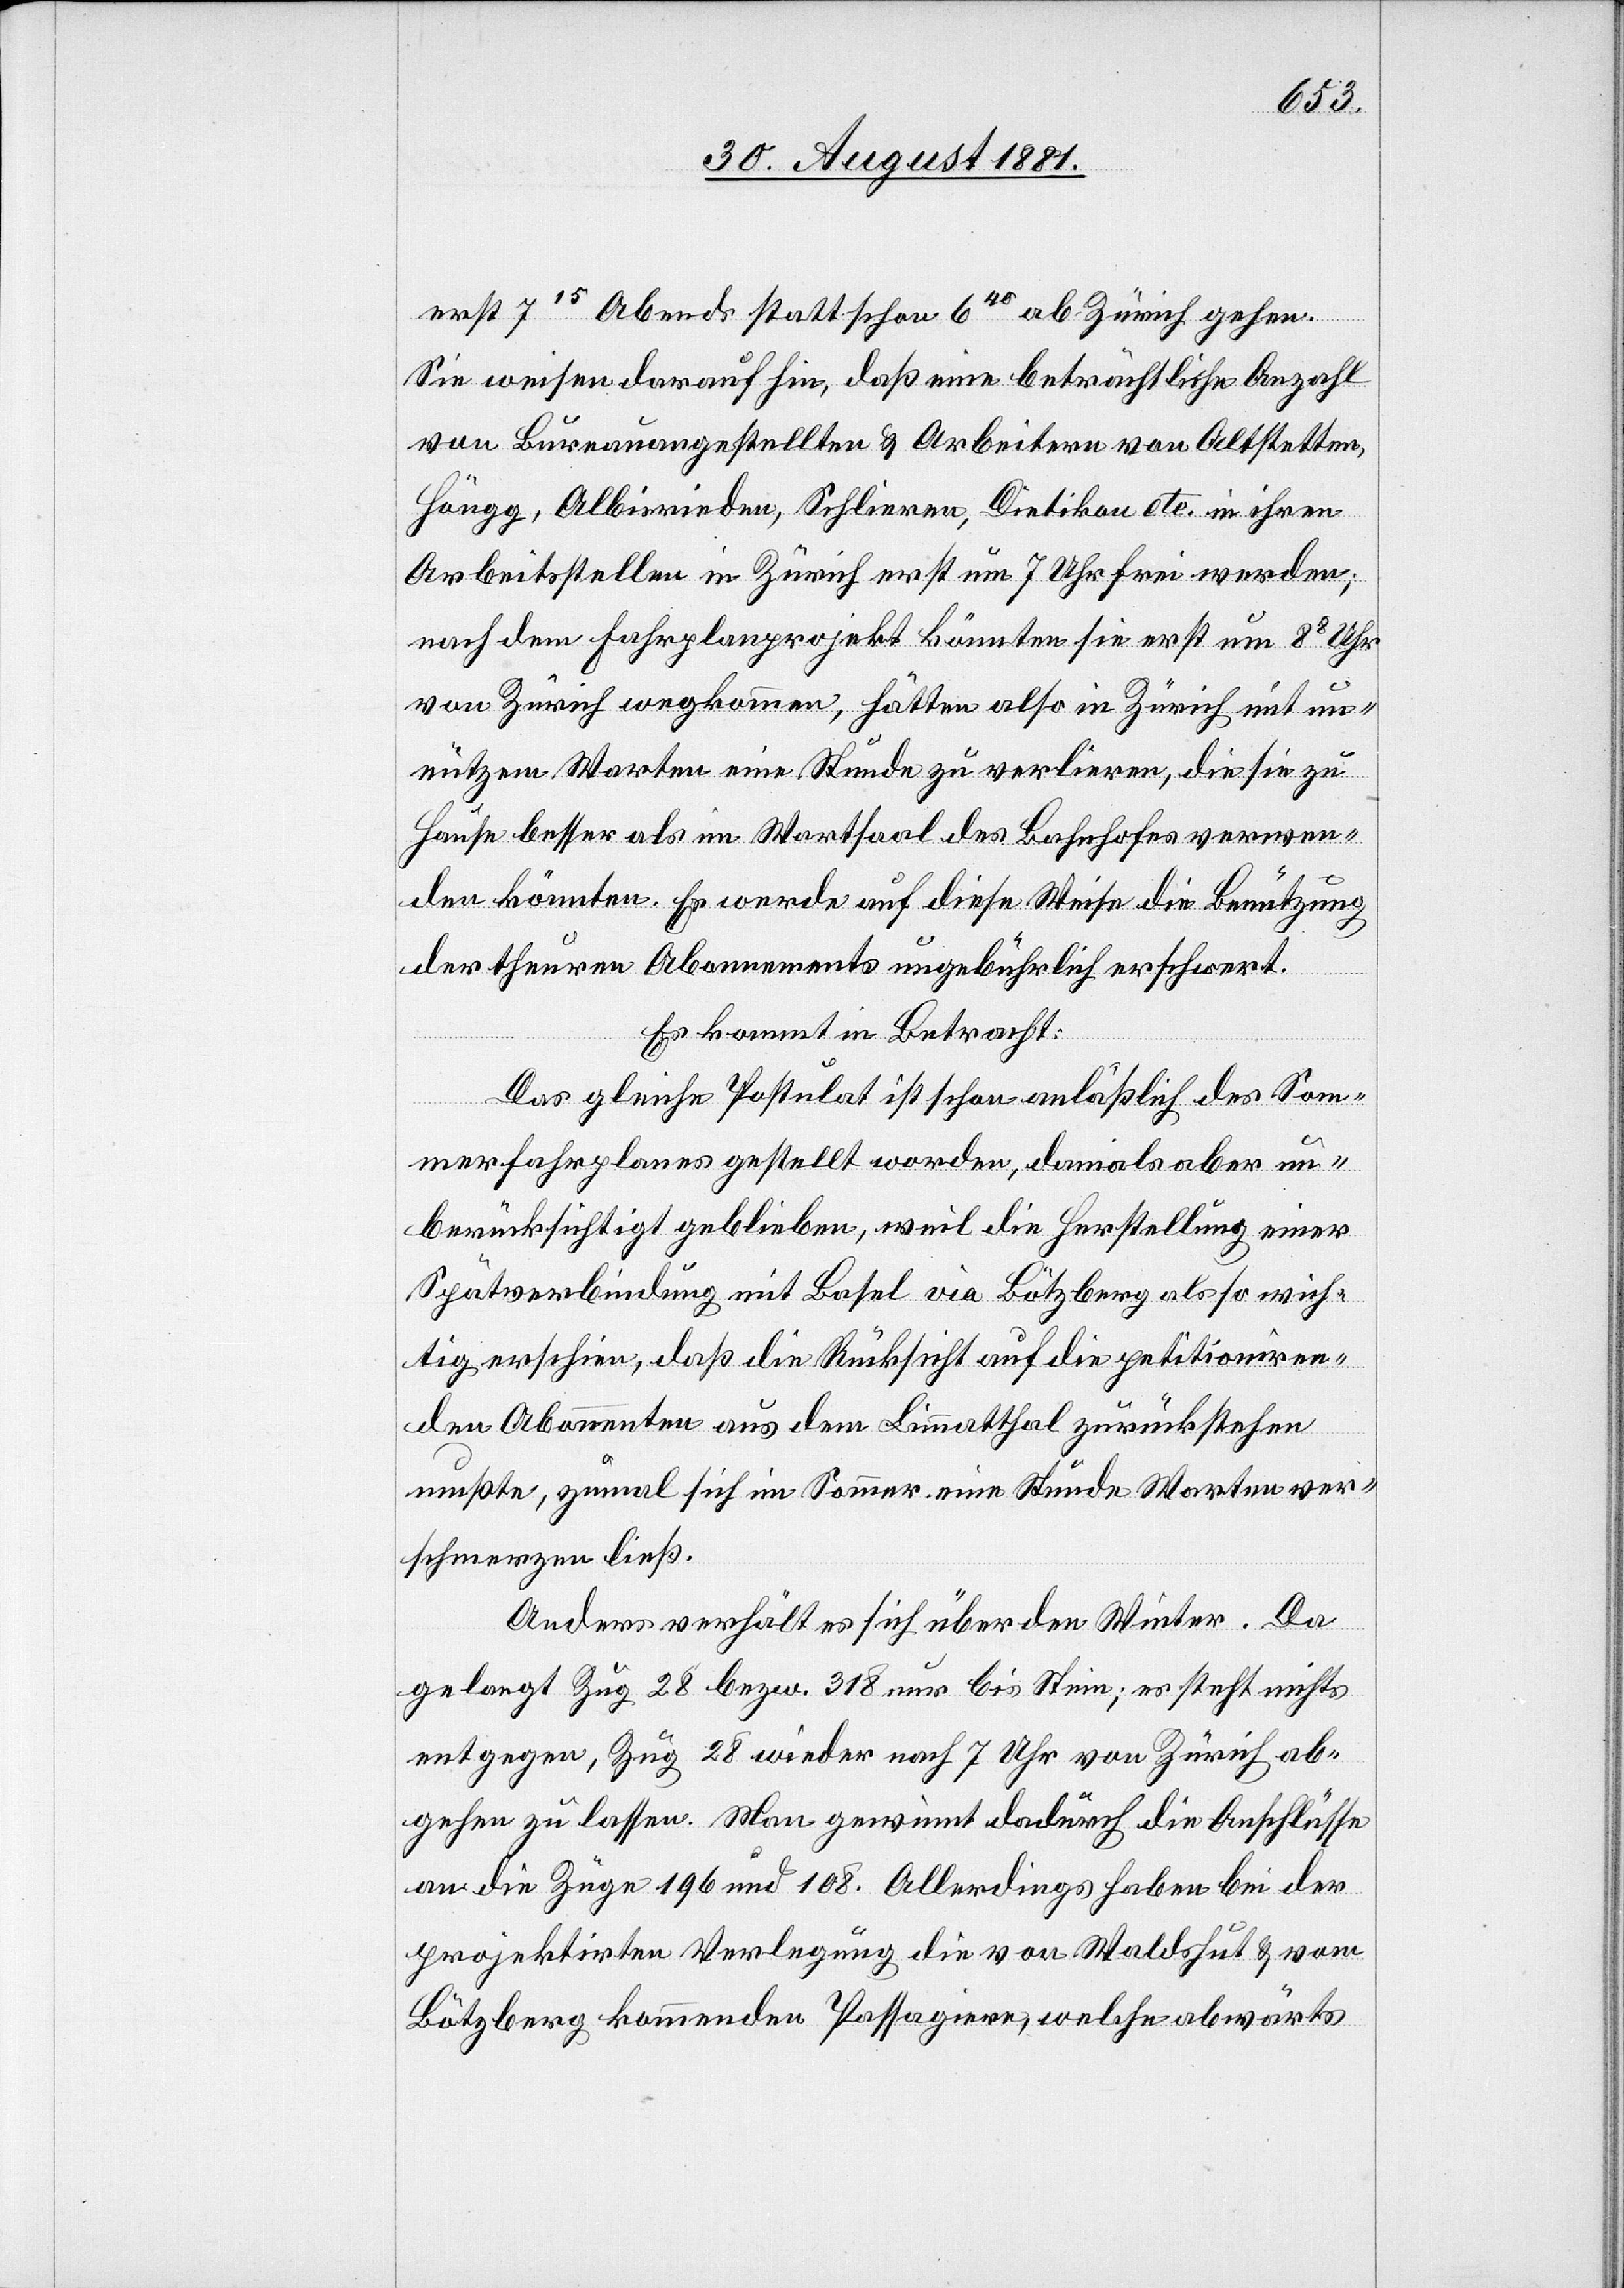
erst 715 Abend statt schon 645 ab Zürich gehen.
Sie weisen darauf hin, daß eine beträchtliche Anzahl
von Bureauangestellten & Arbeitern von Altstetten,
Höngg, Albisrieden, Schlieren, Dietikon etc. in ihren
Arbeitsstellen in Zürich erst um 7 Uhr frei werden;
nach dem Fahrplanprojekt könnten sie erst um 88 Uhr
von Zürich wegkommen, hätten also in Zürich mit un¬
nützem Warten eine Stunde zu verlieren, die sie zu
Hause besser als im Wartsaal des Bahnhofes verwen¬
den könnten. Es werde auf diese Weise die Benützung
der theuren Abonnements ungebührlich erschwert.
Es kommt in Betracht:
Das gleiche Postulat ist schon anläßlich des Som¬
merfahrplanes gestellt worden, damals aber un¬
berücksichtigt geblieben, weil die Herstellung einer
Spätverbindung mit Basel via Lötzberg also rich¬
tig erschien, daß die Rücksicht auf die petitioniren¬
den Abonnenten aus dem Limmatthal zurückstehen
mußten, zumal sich im Sommer eine Stunde Warten ver¬
schmerzen ließ.
Anders verhält es sich über den Winter. Da
gelangt Zug 28 bezw. 318 nur bis Stein; es steht nichts
entgegen, Zug 28 wieder nach 7 Uhr von Zürich ab¬
gehen zu lassen. Man gewinnt dadurch die Anschlüsse
an die Züge 196 und 108. Allerdings haben bei der
projektirten Verlegung die von Waldshut & vom
Bötzberg kommenden Passagiere, welche abwärts